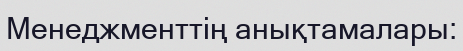
Менеджменттің анықтамалары: